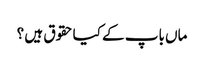
ماں باپ کے کیاحقوق ہیں ؟